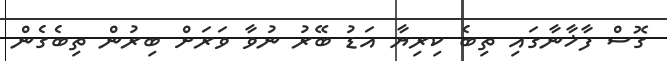
ގޮސް ފާޚާނާގައި ތިބެ ކިރިޔާ އަޑު ބޭރު ނުވާ ވަރަށް ބިރުން ތިބެގެން